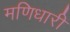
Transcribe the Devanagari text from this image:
मणिधारी